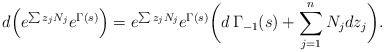
\begin{align*}d \Bigl( e^{\sum z_j N_j} e^{\Gamma(s)} \Bigr) =e^{\sum z_j N_j} e^{\Gamma(s)} \biggl( d \, \Gamma_{-1}(s) + \sum_{j=1}^n N_j dz_j \biggr).\end{align*}